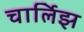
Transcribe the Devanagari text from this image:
चार्लिझ